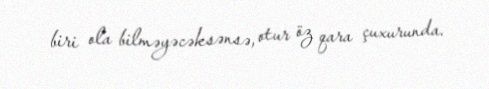
biri ola bilməyəcəksənsə, otur öz qara çuxurunda.